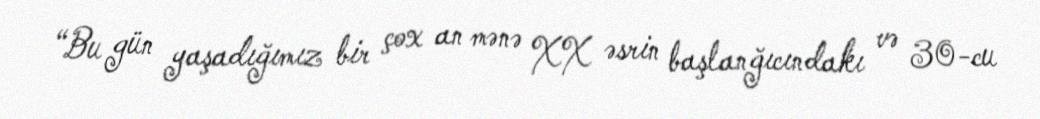
“Bu gün yaşadığımız bir çox an mənə XX əsrin başlanğıcındakı və 30-cu